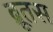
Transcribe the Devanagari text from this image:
ब्रूतस